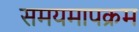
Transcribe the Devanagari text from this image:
समयमापक्रम